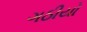
ગઠીયો